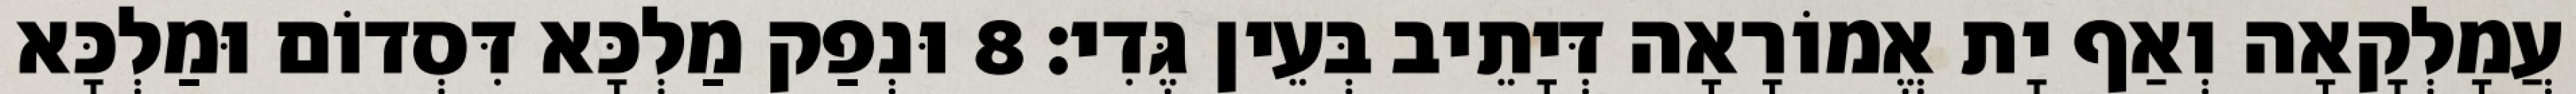
עֲמָלְקָאָה וְאַף יָת אֱמוֹרָאָה דְּיָתֵיב בְּעֵין גֶּדִי׃ 8 וּנְפַק מַלְכָּא דִּסְדוֹם וּמַלְכָּא